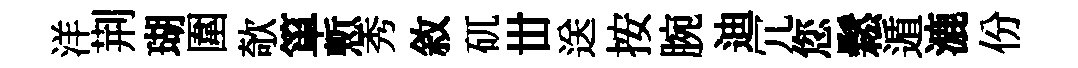
洋荆瑚圍欹箪慙秀敘矹丗送按腕迪冗您鬆遁漉份